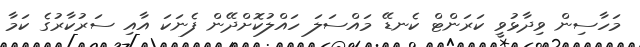
މަހާސިން ވިދާޅުވީ ކަރަންޓް ކެނޑޭ މައްސަލަ ހައްލުކޮށްދޭން ފެނަކަ އާއި ސަރުކާރުގެ ކަމާ